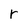
Character: r